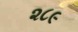
૨૮૯